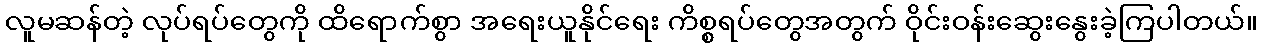
လူမဆန်တဲ့ လုပ်ရပ်တွေကို ထိရောက်စွာ အရေးယူနိုင်ရေး ကိစ္စရပ်တွေအတွက် ဝိုင်းဝန်းဆွေးနွေးခဲ့ကြပါတယ်။